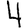
Digit: 4